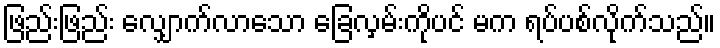
ဖြည်းဖြည်း လျှောက်လာသော ခြေလှမ်းကိုပင် မက ရပ်ပစ်လိုက်သည်။